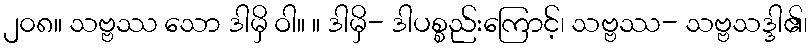
၂၀၈။ သဗ္ဗဿ သော ဒါမှိ ဝါ။ ။ ဒါမှိ- ဒါပစ္စည်းကြောင့်၊ သဗ္ဗဿ- သဗ္ဗသဒ္ဒါ၏၊